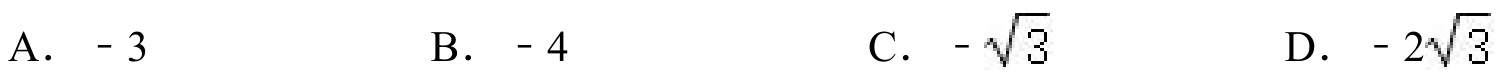
A. \(-3\)  B. \(-4\)  C. \(-\sqrt{3}\)  D. \(-2\sqrt{3}\)